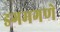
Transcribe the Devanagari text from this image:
डगमगणे